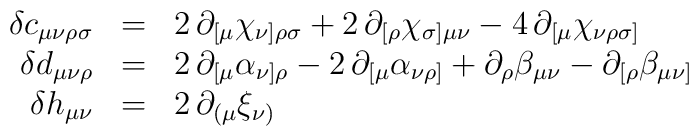
\begin{array}{rcl}\delta c_{\mu\nu\rho\sigma} &=& 2\, \partial_{[\mu} \chi_{\nu ] \rho\sigma} + 2\, \partial_{[\rho}\chi_{\sigma ] \mu\nu} - 4\, \partial_{[\mu} \chi_{\nu\rho\sigma ]} \\\delta d_{\mu\nu\rho} &=& 2\, \partial_{[\mu} \alpha_{\nu ] \rho} - 2\, \partial_{[\mu}\alpha_{\nu\rho ]} + \partial_{\rho} \beta_{\mu\nu} - \partial_{[ \rho} \beta_{\mu\nu ]} \\\delta h_{\mu\nu} &=& 2\, \partial_{( \mu} \xi_{\nu )}\end{array}